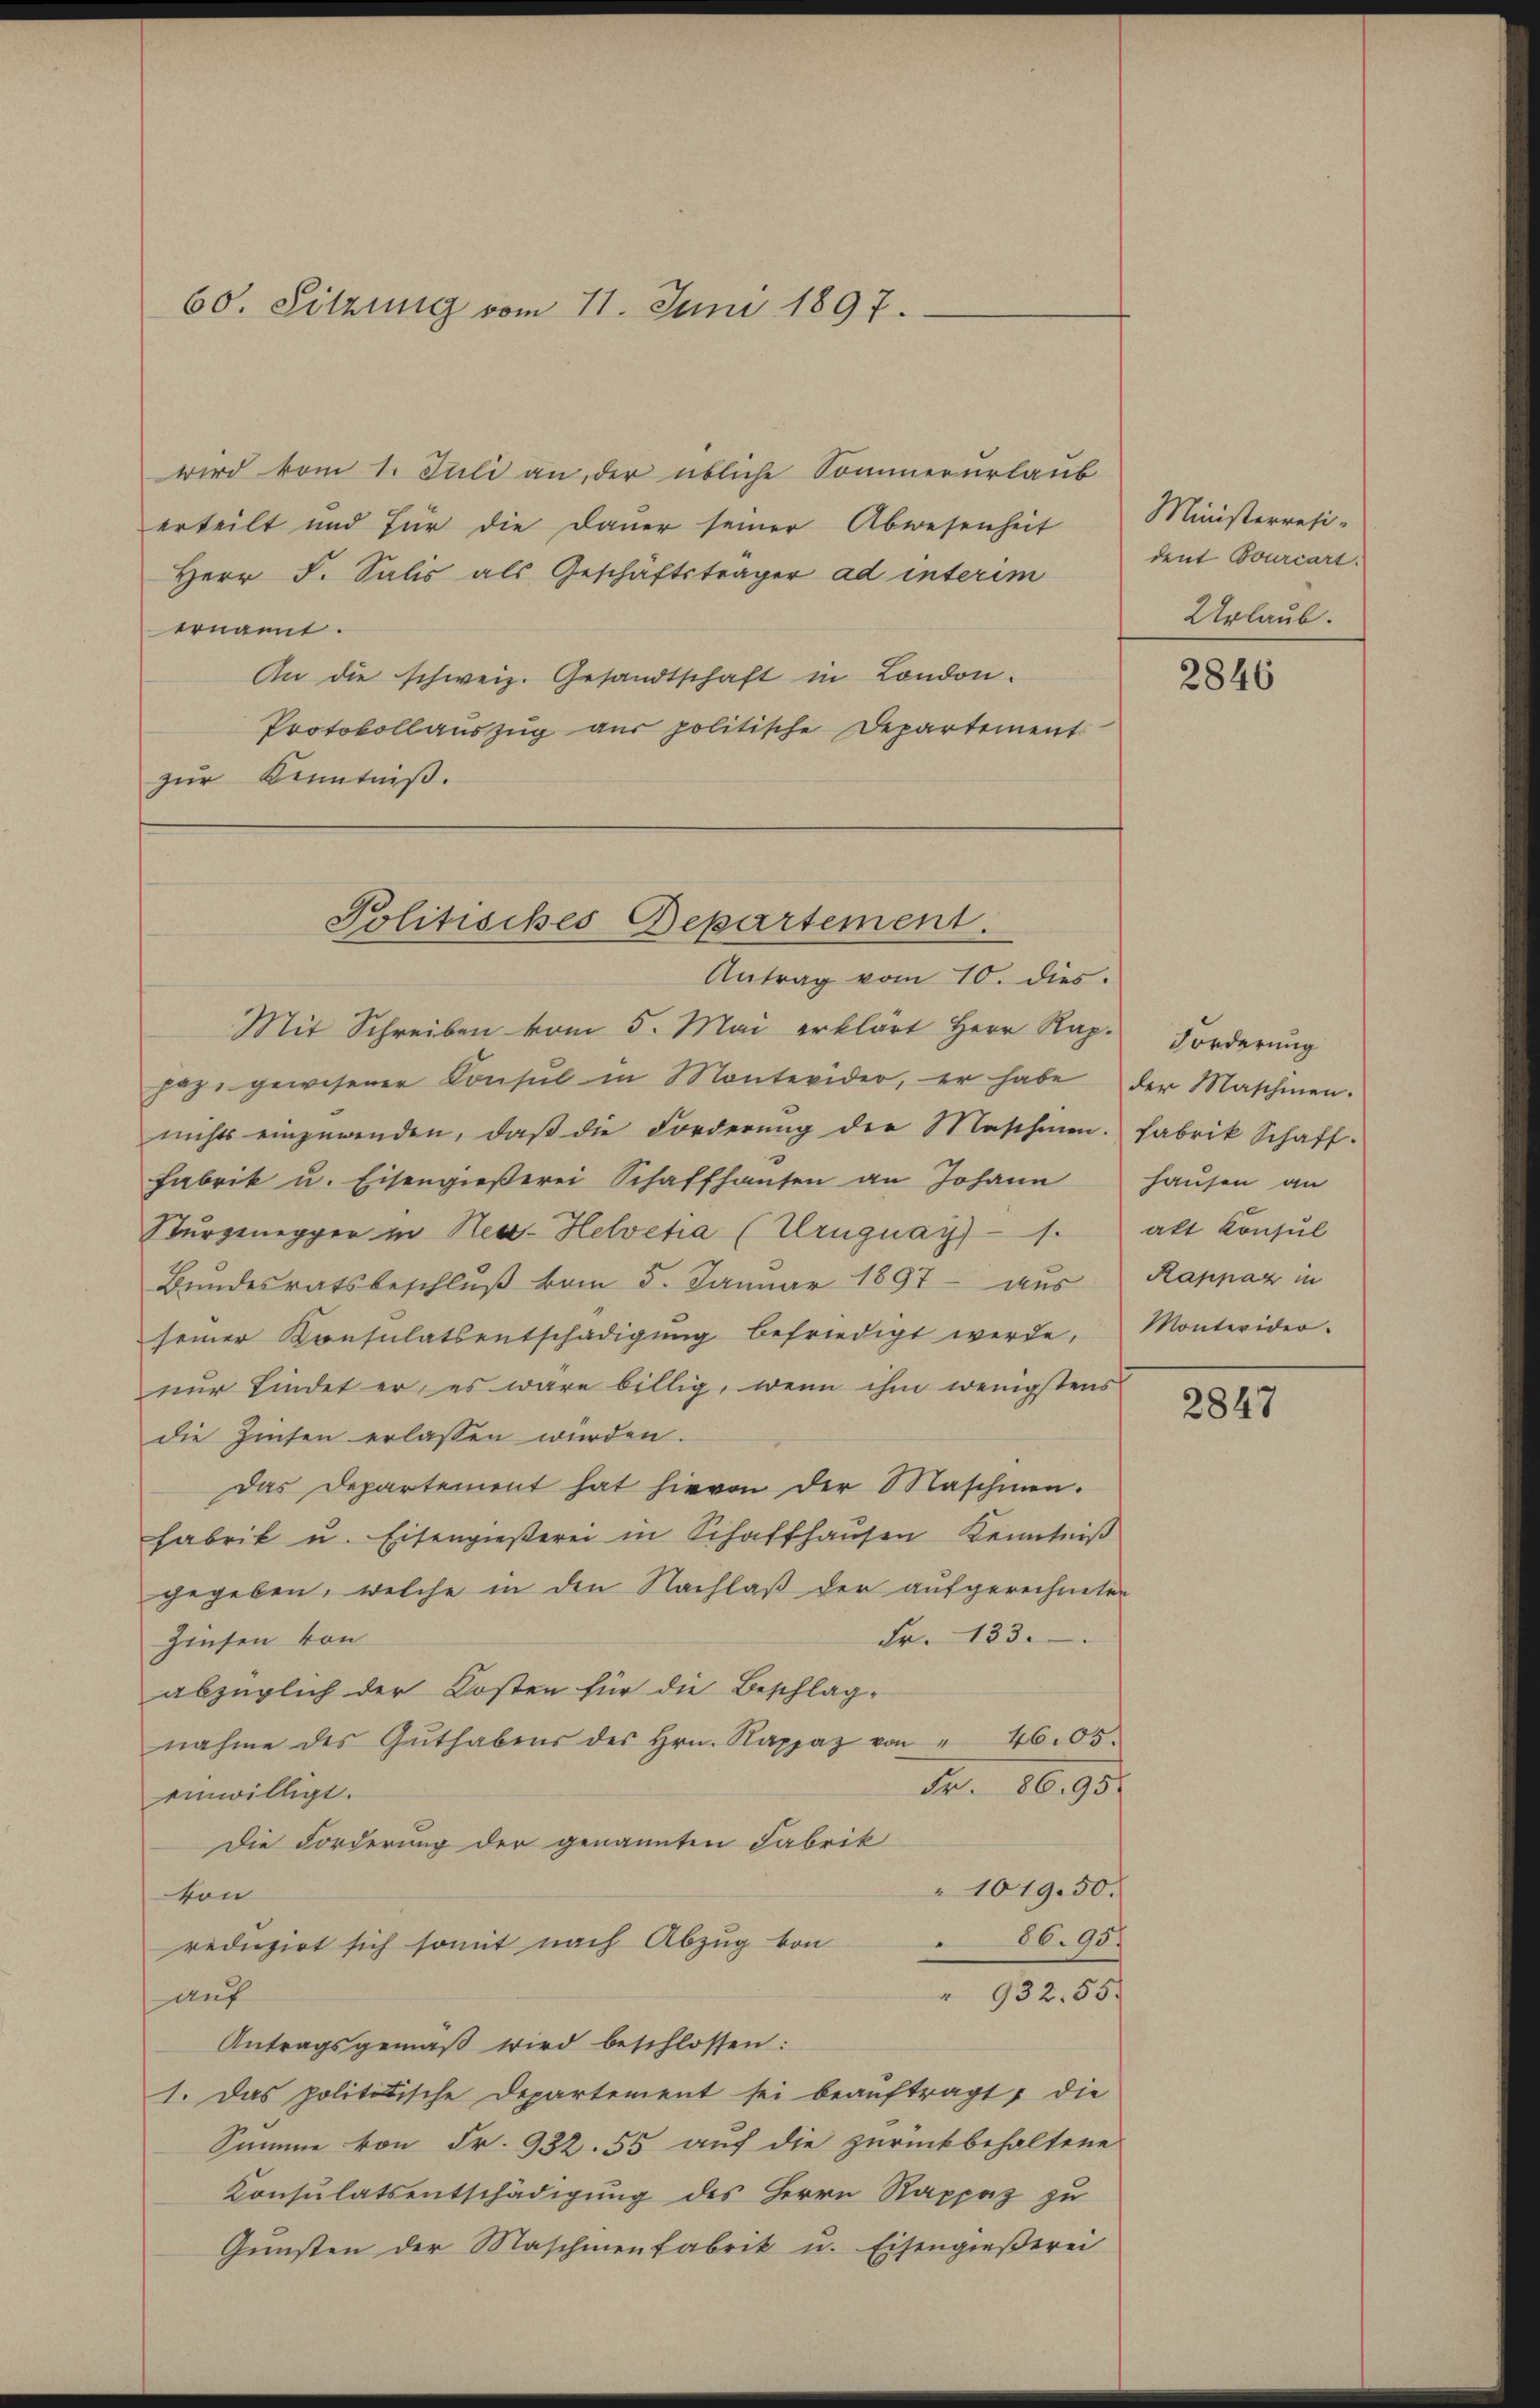
60. Sitzung vom 11. Juni 1897.

wird vom 1. Juli an, der übliche Sommerurlaub
erteilt und für die Dauer seiner Abwesenheit
Herr F. Salis als Geschäftsträger ad interim
ernannt.
An die schweiz. Gesandtschaft in London.
Protokollauszug aus politische Departement
zŭr Kenntniß.

Antrag vom 10. dies.
Mit Schreiben vom 5. Mai erklärt Herr Rap. Forderŭng
haz, gewesener Konsul in Montevider, er habe der Maschinen.
nichts einzuwenden, daβ die Forderŭng der Maschenen. Fabrik Schaft-
Fabrik u. Eisengießerei Schaffhausen an Johann
Sturzenegger in Neu- Helvetia (Uruguay) — 1.
Bŭndesratsbeschlŭβ vom 5. Janŭar 1897 aŭs
seiner Konsulatsentschädigung befriedigt werde,
nur findet er, es wäre billig, wenn ihm wenigstens
die Zinsen erlassen würden.
Das Departement hat hievon der Maschinen.
Fabrik u. Eisengießerei in Schaffhausen Kenntniß
gegeben, welche in den Nachlaß der aufgerechneten
Fr. 133.
Zinsen von
abzüglich der Kosten für die Beschlag-
nahme des Gŭthabens des Hrn. Rappaz von " 4605.
Nr. 18. 95.
einwilligt.
Die Forderung der genannten Fabrik
1019.50.
von
86. 957
reduzirt sich somit nach Abzug von
" 932. 55.
auf
Antragsgemäß wird beschlossen:
1. Das polititische Departement sei beauftragt, die
Summe von Fr. 932. 55 auf die zurückbehaltene
Konsulatsentschädigung des Herrn Rappaz zu
Gunsten der Maschinenfabrik u. Eisengießerei

Politisches Departement.

Ministerresi-
dent Courcart.
Urlaub.

2846

hausen an
akt Konsul
Rappaz in
Montevider.

2847